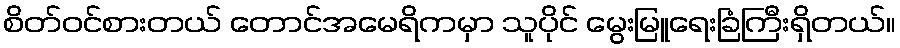
စိတ်ဝင်စားတယ် တောင်အမေရိကမှာ သူပိုင် မွေးမြူရေးခြံကြီးရှိတယ်။